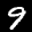
Label: 9